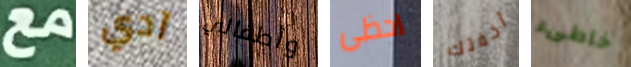
مع آدي وأطفالي احظى أخفتك خاطىء